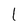
Character: 1